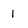
Character: 1